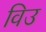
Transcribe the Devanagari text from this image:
विउ